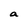
Character: a